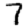
Digit: 7